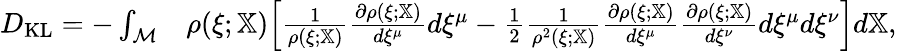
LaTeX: \begin{array}{rl}{D_{\mathrm{KL}}=-\int_{\mathcal{M}}}&{\rho(\xi;\mathbb{X})\Big[\frac{1}{\rho(\xi;\mathbb{X})}\frac{\partial\rho(\xi;\mathbb{X})}{d\xi^{\mu}}d\xi^{\mu}-\frac{1}{2}\frac{1}{\rho^{2}(\xi;\mathbb{X})}\frac{\partial\rho(\xi;\mathbb{X})}{d\xi^{\mu}}\frac{\partial\rho(\xi;\mathbb{X})}{d\xi^{\nu}}d\xi^{\mu}d\xi^{\nu}\Big]d\mathbb{X},}\end{array}